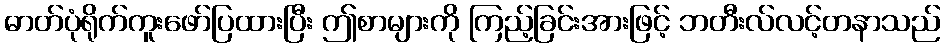
ဓာတ်ပုံရိုက်ကူးဖော်ပြထားပြီး ဤစာများကို ကြည့်ခြင်းအားဖြင့် ဘတီးလ်လင့်တနာသည်